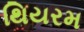
થિયરમ